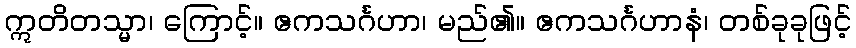
ဣတိတသ္မာ၊ ကြောင့်။ ဧကသင်္ဂဟာ၊ မည်၏။ ဧကသင်္ဂဟာနံ၊ တစ်ခုခုဖြင့်